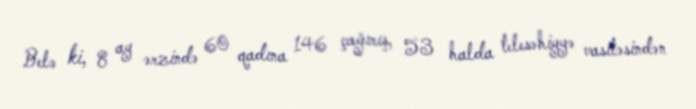
Belə ki, 8 ay ərzində 60 qadına 146 çağırış, 53 halda telesəhiyyə vasitəsindən